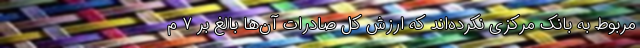
مربوط به بانک مرکزی نکرده‌اند که ارزش کل صادرات آن‌ها بالغ بر ۷ م